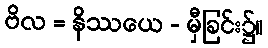
ဗိလ = နိဿယေ - မှီခြင်း၌။